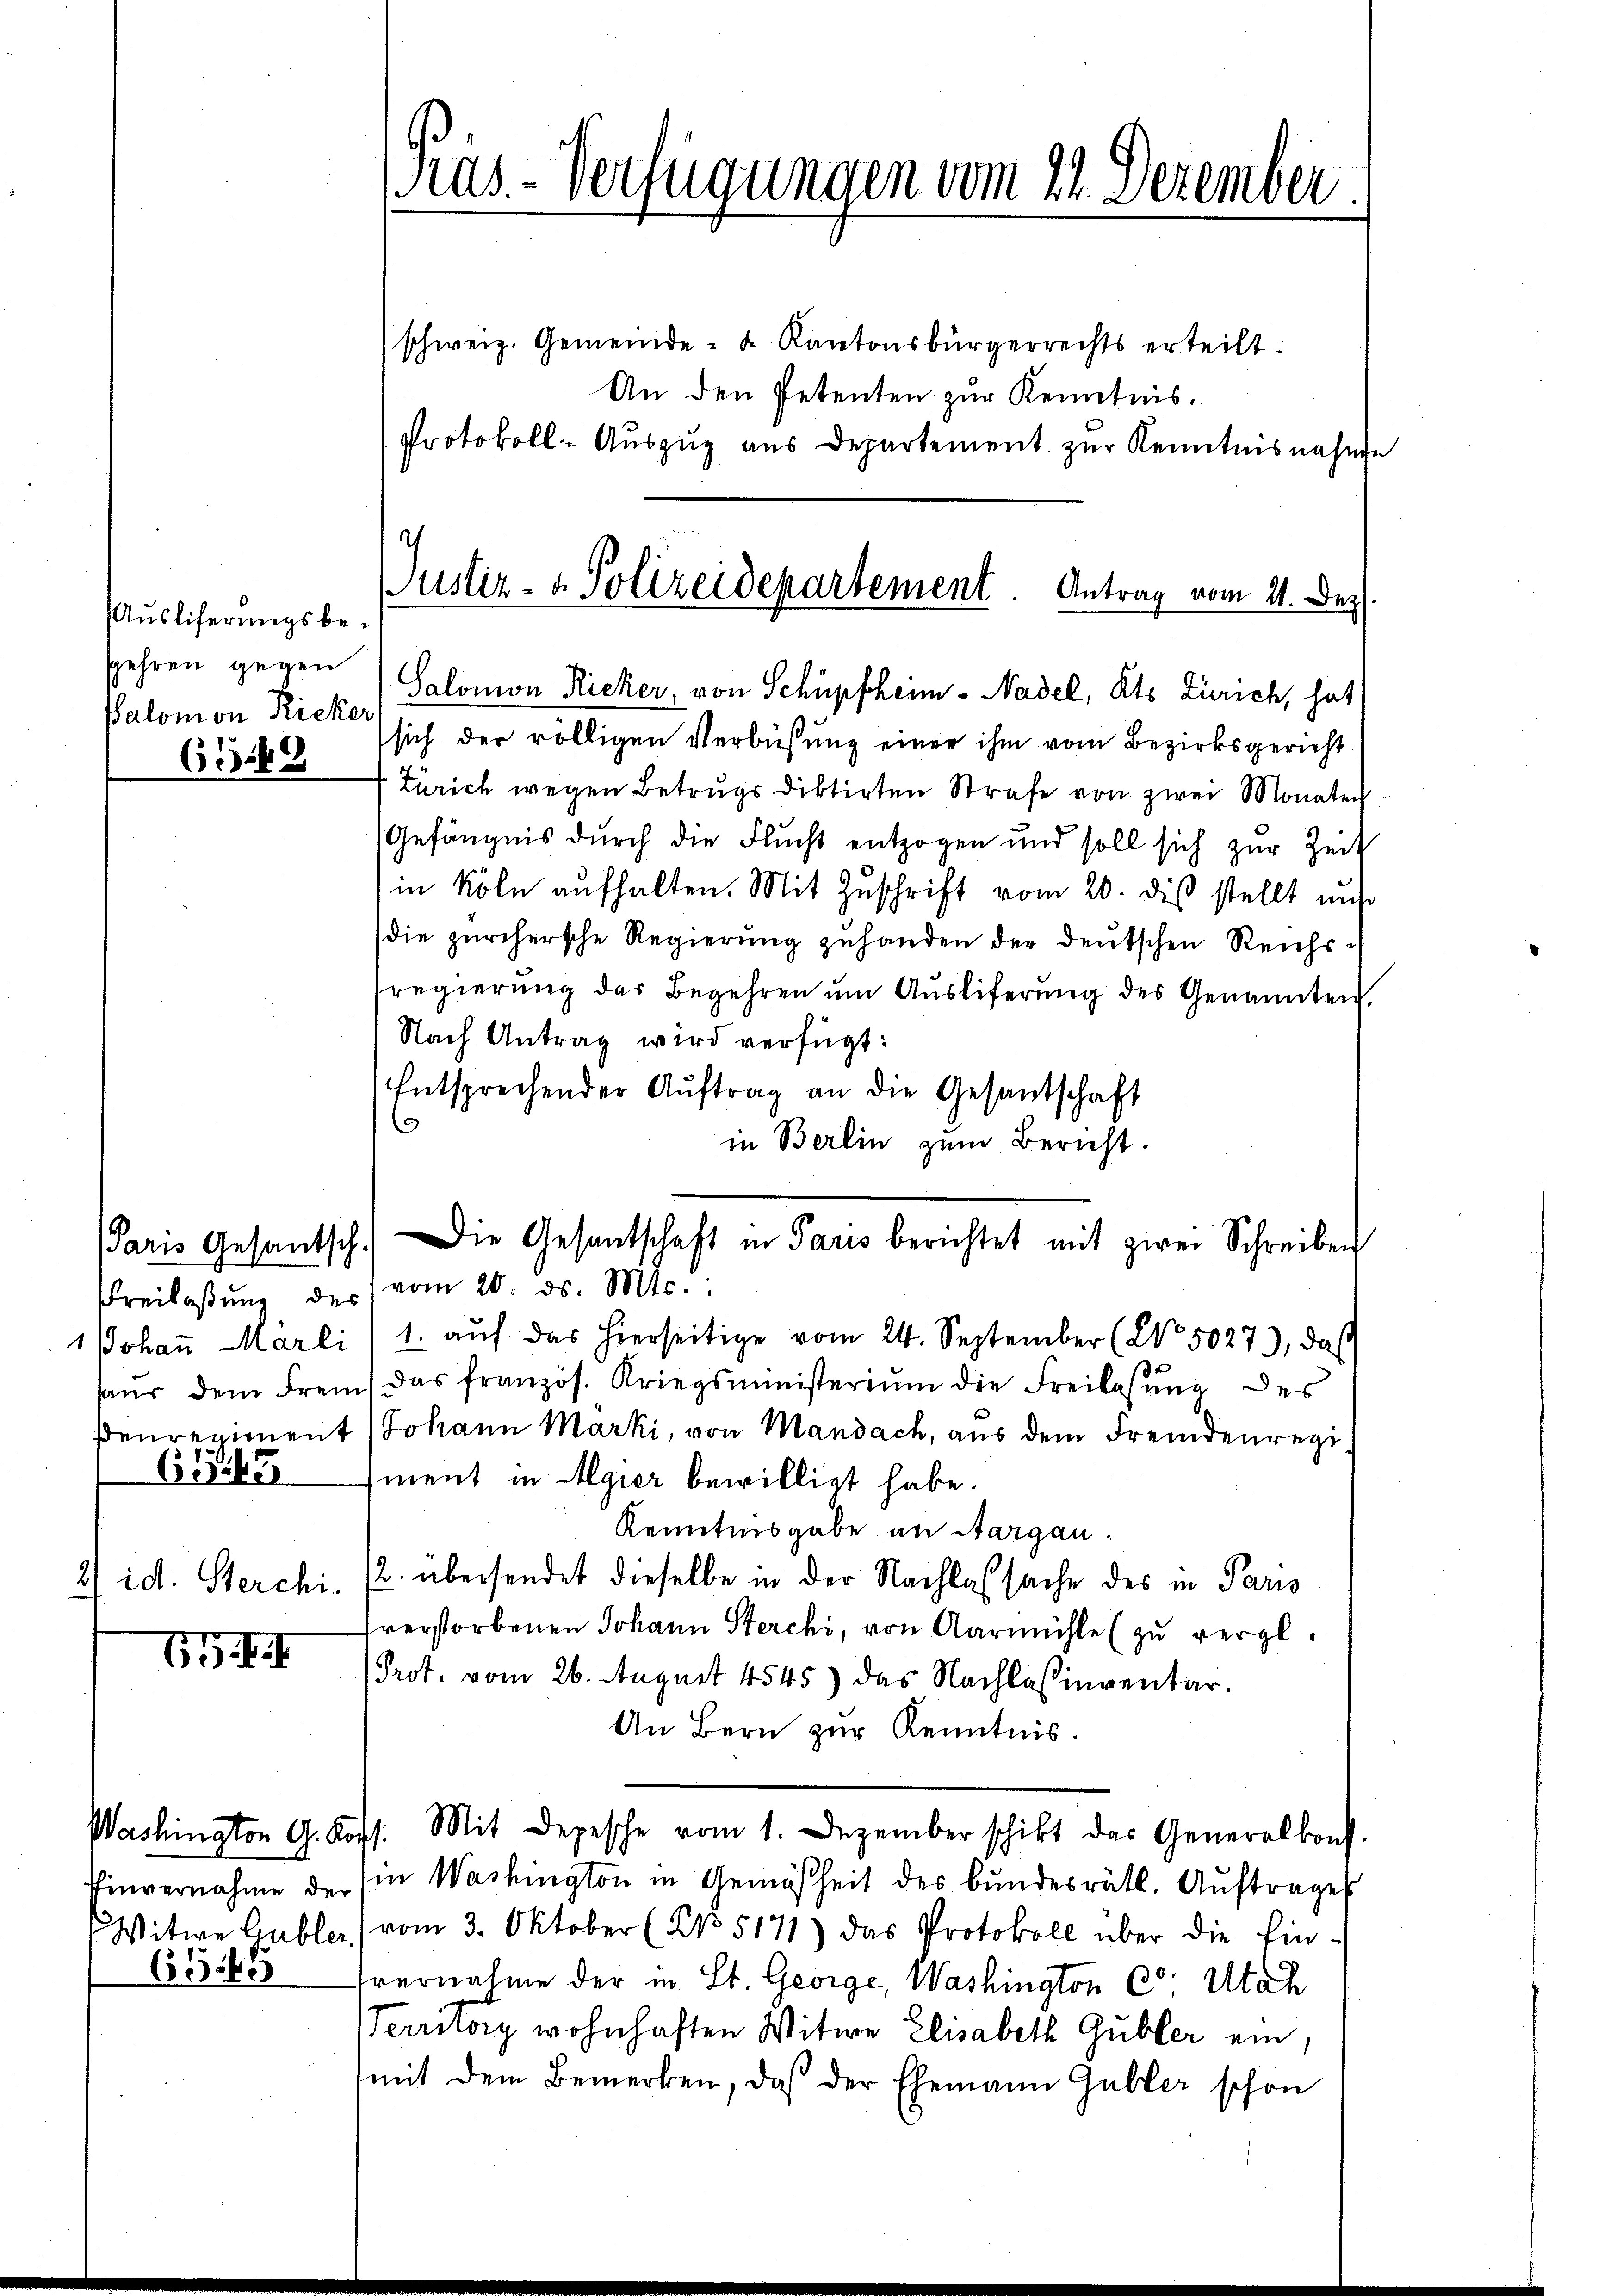
Auslicherungsbesehren gegen
Palomon Ricker,

6.89

6945

id. Sterchi-

69. I

Washington G. Kopf.

655

schweiz. Gemeinde- & Kantonsbürgerrechts erteilt.
An den Petenten zur Kenntnis.
Protokoll-Auszug aus Departement zur Kenntnisnahme
sich der völligen Verbüßung einer ihm vom Bezirksgericht
Zürich wegen Betrugs diktirten Strafe von zwei Monaten
Gefängnis durch die Flucht entzogen und soll sich zur Zeit
in Köln aufhalten. Mit Zuschrift vom 20. dieß stellt und
die zürchersche Regierŭng zuhanden der deutschen Reichs-
sregierung des Begehren um Auslieferung des Genannten.
Nach Antrag wird verfügt:
Entsprechender Aŭftrag an die Gesantschaft
3
in Berlin zum Bericht.
(Paris Gesantsch. Die Gesantschaft in Paris berichtet mit zwei Schreiben
Freilaβŭng der (vom 20. ds. Mts.:
1Johann Marli (1. aŭf das hierseitige vom 24. September (No. 5027), das
aŭr dem Frem, das französ. Kriegsministeriŭm die Freilassŭng des
Deureriment Johann Marki, von Mandach, aus dem Fremdenregiment in Algier bewilligt habe.
Kenntnisgabe in Sargau¬
2. übersendet dieselbe in der Nachlafsache des in Paris
verstorbenen Johann Sterchi, von Aarmühle (zu vergl.
Prot. vom 26. August 4545) das Nachlassinventar.
An Bern zur Kenntnis.
Mit Depesche vom 1. Dezember schikt das Generalkonf
Einvernahme der Ein Washington in Gemäßheit des bundesrätl. Aŭftrages
Witwe Gubler (vom 3. Oktober (Br 5171) das Protokoll über die Ein-
vernahme der in St. George, Washington Co. Utah
Territory wohnhaften Witwe Elisabeth Gubler ein,
mit dem Bemerken, daß der Ehemann Gubler schon

Päs-Verfügungen vom 21. Dezember

Justiz- & Polizeidepartement. Antrag vom 21. Dez.
Salomon Ricker, von Schüpfheim - Nadel, Kts Zürich, hat